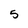
Character: 5